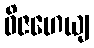
ဝိဇဟေယျ